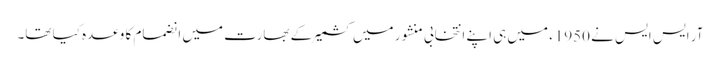
آر ایس ایس نے 1950ء میں ہی اپنے انتخابی منشور میں کشمیر کے بھارت میں انضمام کا وعدہ کیا تھا۔